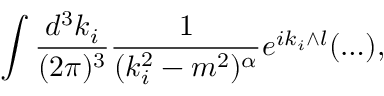
\int \frac { d ^ { 3 } k _ { i } } { ( 2 \pi ) ^ { 3 } } \frac { 1 } { ( k _ { i } ^ { 2 } - m ^ { 2 } ) ^ { \alpha } } e ^ { i k _ { i } \wedge l } ( \ldots ) ,